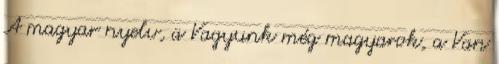
A magyar nyelv, a Vagyunk még magyarok, a Van